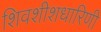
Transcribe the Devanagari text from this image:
शिवशीशधारिणी